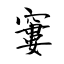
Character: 窶